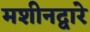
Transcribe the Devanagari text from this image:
मशीनद्वारे